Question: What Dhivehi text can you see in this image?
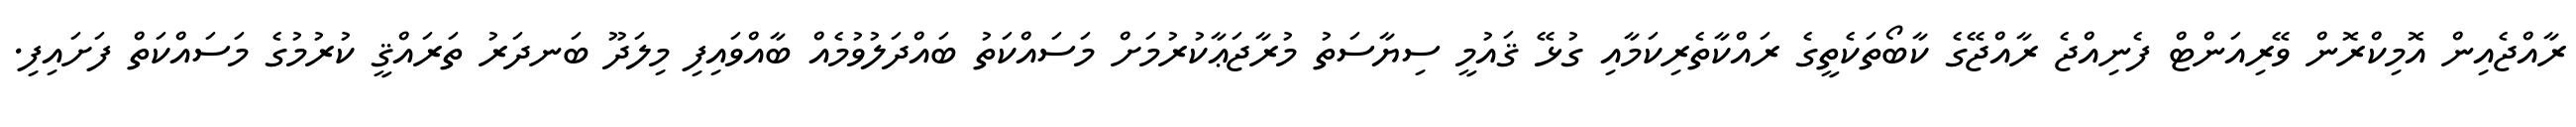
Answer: ރާއްޖެއިން އޮމިކްރޮން ވޭރިއަންޓް ފެނިއްޖެ ރާއްޖޭގެ ކާބޯތަކެތީގެ ރައްކާތެރިކަމާއި ގުޅޭ ޤައުމީ ސިޔާސަތު މުރާޖަޢާކުރުމަށް މަސައްކަތު ބައްދަލުވުމެއް ބާއްވައިފި މިލަދޫ ބަނދަރު ތަރައްޤީ ކުރުމުގެ މަސައްކަތް ފަށައިފި.